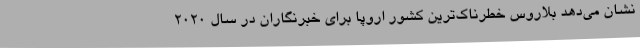
نشان می‌دهد بلاروس خطرناک‌ترین کشور اروپا برای خبرنگاران در سال 2020